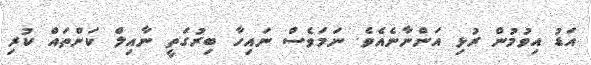
އަޑު އިވުމުން ރުޅި އަންނާނެއެވެ. ނަމަވެސް ނައިހާ ބިރުގަތީ ނާއިލް ކަންތައް ކުރި